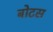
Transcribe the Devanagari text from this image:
बोटस